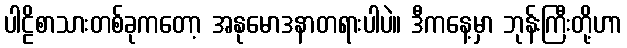
ပါဠိစာသားတစ်ခုကတော့ အနုမောဒနာတရားပါပဲ။ ဒီကနေ့မှာ ဘုန်းကြီးတို့ဟာ